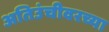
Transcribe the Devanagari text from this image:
अतिउंचीवरच्या